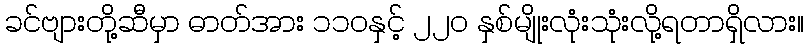
ခင်ဗျားတို့ဆီမှာ ဓာတ်အား ၁၁၀နှင့် ၂၂၀ နှစ်မျိုးလုံးသုံးလို့ရတာရှိလား။